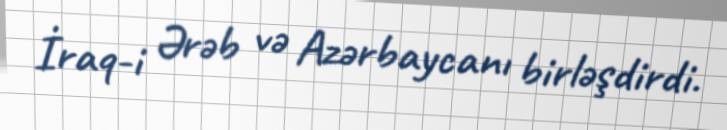
İraq-i Ərəb və Azərbaycanı birləşdirdi.